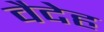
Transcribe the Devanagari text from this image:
वैदेह